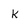
Character: k